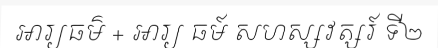
អារ្យធម៌ + អារ្យ ធម៍ សហស្សវត្សរ៍ ទី២